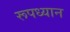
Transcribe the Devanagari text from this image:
रूपध्यान